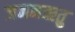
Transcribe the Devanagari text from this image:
जननऋतु